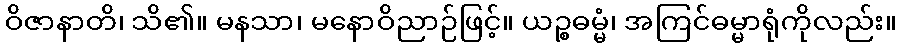
ဝိဇာနာတိ၊ သိ၏။ မနသာ၊ မနောဝိညာဉ်ဖြင့်။ ယဉ္စဓမ္မံ၊ အကြင်ဓမ္မာရုံကိုလည်း။